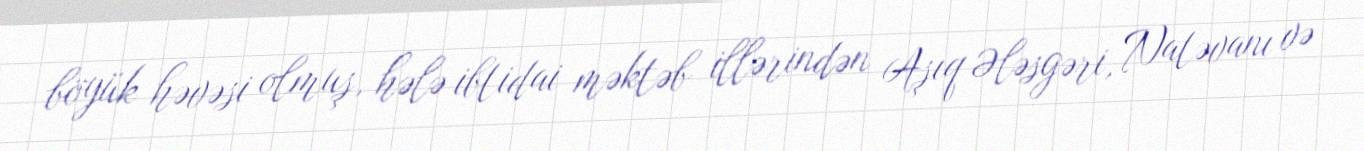
böyük həvəsi olmuş, hələ ibtidai məktəb illərindən Aşıq Ələsgəri, Natəvanı və